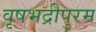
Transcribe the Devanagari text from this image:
वृषभद्रीपुरम